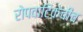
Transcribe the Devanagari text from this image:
रोपवाटिकेचीच